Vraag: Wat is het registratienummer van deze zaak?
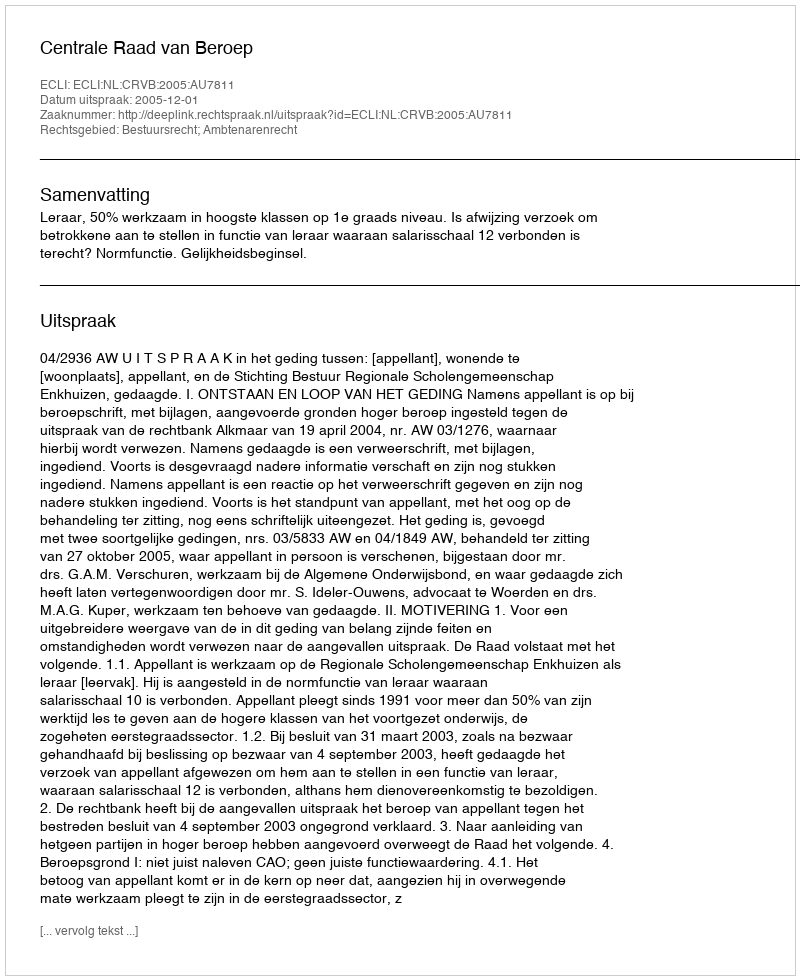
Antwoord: http://deeplink.rechtspraak.nl/uitspraak?id=ECLI:NL:CRVB:2005:AU7811